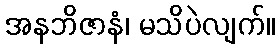
အနဘိဇာနံ၊ မသိပဲလျက်။